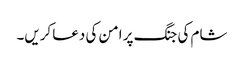
شام کی جنگ پر امن کی دعا کریں۔